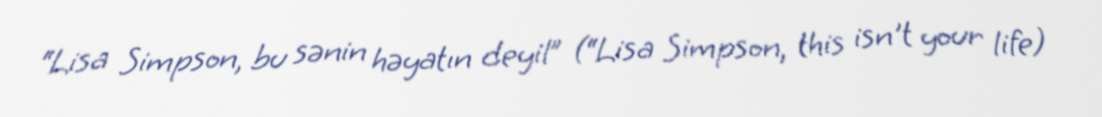
“Lisa Simpson, bu sənin həyatın deyil” (“Lisa Simpson, this isn't your life)